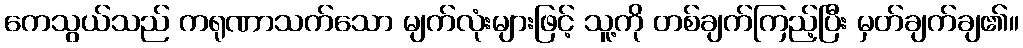
ကေသွယ်သည် ကရုဏာသက်သော မျက်လုံးများဖြင့် သူ့ကို တစ်ချက်ကြည့်ပြီး မှတ်ချက်ချ၏။